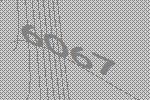
6067